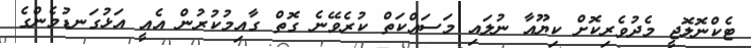
ޓެކްނޮލޮޖީ މެދުވެރިކޮށް ކިޔޫއާ ނުލައި މަސައްކަތް ކުރެވޭނެ ގޮތް ގާއިމުކުރުން އެއީ އަޅުގަނޑުމެންގެ